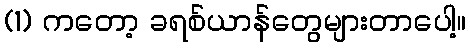
(1) ကတော့ ခရစ်ယာန်တွေများတာပေါ့။